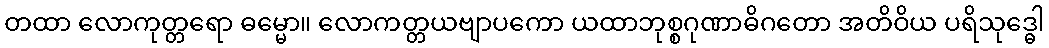
တထာ လောကုတ္တရော ဓမ္မော။ လောကတ္တယဗျာပကော ယထာဘုစ္စဂုဏာဓိဂတော အတိဝိယ ပရိသုဒ္ဓေါ